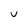
Character: V